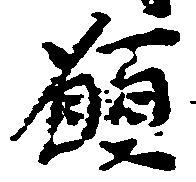
願